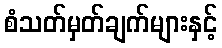
စံသတ်မှတ်ချက်များနှင့်